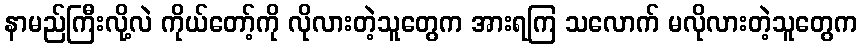
နာမည်ကြီးလို့လဲ ကိုယ်တော့်ကို လိုလားတဲ့သူတွေက အားရကြ သလောက် မလိုလားတဲ့သူတွေက